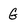
Character: G